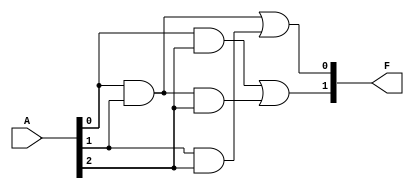
module masked_pal (
    input wire [n-1:0] A, // n inputs
    output wire [o-1:0] F // o outputs
);

// Parameter definitions
parameter n = 3; // Number of inputs (e.g., A, B, C)
parameter m = 4; // Number of fixed AND gates (product terms)
parameter o = 2; // Number of outputs (F1, F2)

// Fixed AND array outputs (product terms)
wire [m-1:0] P; // Product terms
assign P[0] = A[0] & A[1]; // P1 = A0 AND A1
assign P[1] = A[1] & A[2]; // P2 = A1 AND A2
assign P[2] = A[0] & A[2]; // P3 = A0 AND A2
assign P[3] = A[0] & A[1] & A[2]; // P4 = A0 AND A1 AND A2

// Programmable OR array
// Here, we can define how the outputs are programmed to connect to the AND outputs
assign F[0] = P[0] | P[1]; // F1 = P1 OR P2
assign F[1] = P[2] | P[3]; // F2 = P3 OR P4

endmodule